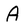
Character: A